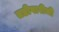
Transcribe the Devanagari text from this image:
तडीपारीची